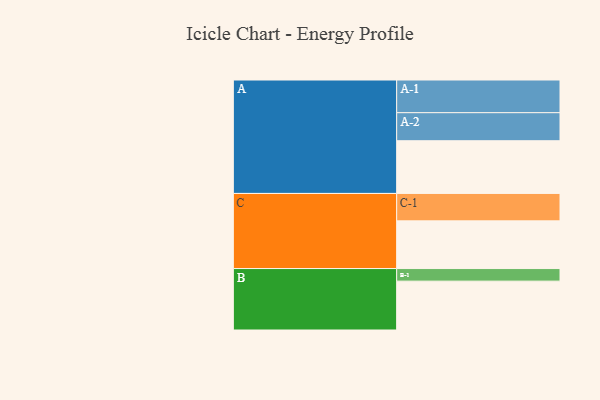
{"axis": {"x": "Segment", "y": "Value"}, "legend": ["", "A", "B", "C"], "data": [{"x": "A", "y": 440, "type": ""}, {"x": "B", "y": 408, "type": ""}, {"x": "C", "y": 398, "type": ""}, {"x": "A-1", "y": 273, "type": "A"}, {"x": "A-2", "y": 234, "type": "A"}, {"x": "B-1", "y": 105, "type": "B"}, {"x": "C-1", "y": 229, "type": "C"}]}